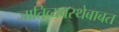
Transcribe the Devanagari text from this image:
जातिव्यवस्थेबाबत